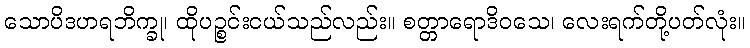
သောပိဒဟရဘိက္ခု၊ ထိုပဉ္စင်းငယ်သည်လည်း။ စတ္တာရောဒိဝသေ၊ လေးရက်တို့ပတ်လုံး။